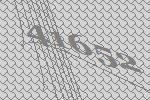
41652